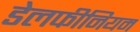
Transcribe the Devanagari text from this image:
डेलफीनियम